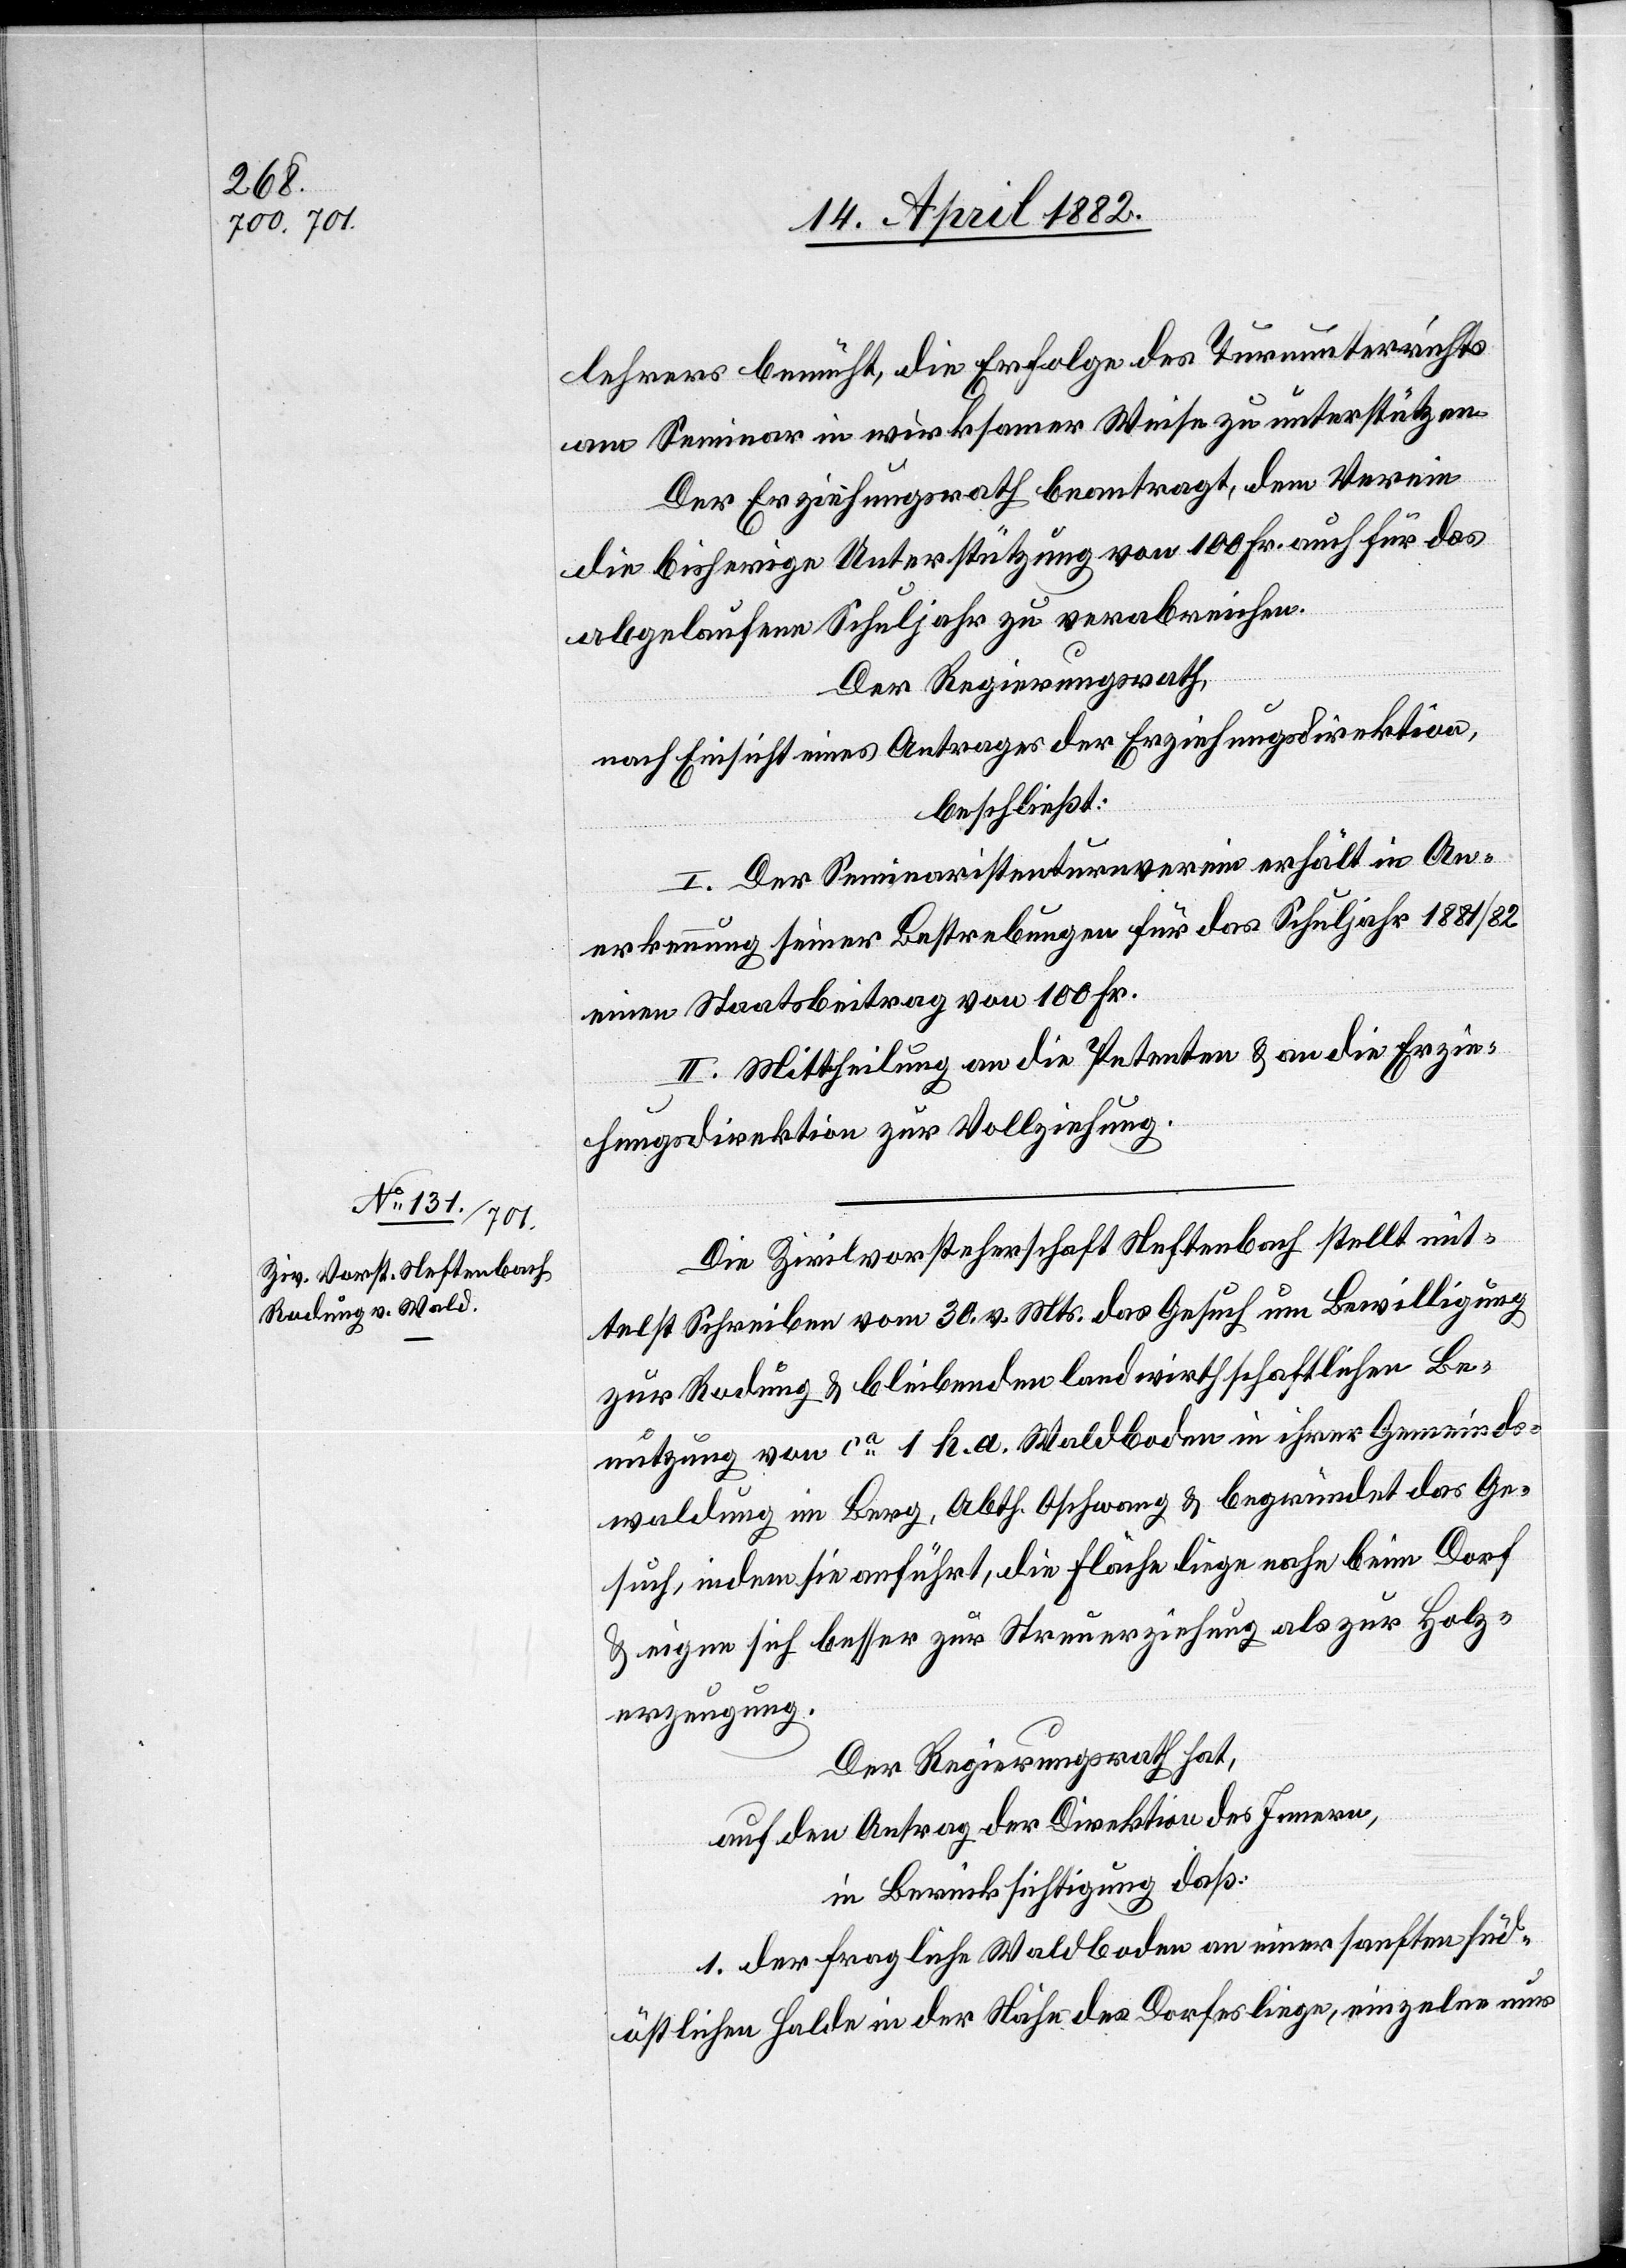
lehrers bemüht, die Erfolge des Turnunterrichts
am Seminar in wirksamer Weise zu unterstützen.
Der Erziehungsrath beantragt, dem Verein
die bisherige Unterstützung von 100 Fr. auch für das
abgelaufene Schuljahr zu verabreichen.
Der Regierungsrath,
nach Einsicht eines Antrages der Erziehungsdirektion,
beschließt:
I. Der Seminaristenturnverein erhält in An¬
erkennung seiner Bestrebungen für das Schuljahr 1881/82
einen Staatsbeitrag von 100 Fr.
II. Mittheilung an die Petenten & an die Erzie¬
hungsdirektion zur Vollziehung.
Die Zivilvorsteherschaft Neftenbach stellt mit¬
telst Schreiben vom 30. v. Mts. das Gesuch um Bewilligung
zur Rodung & bleibenden landwirthschaftlichen Be¬
nutzung von ca 1 h. a. Waldboden in ihrer Gemeinds¬
waldung im Berg, Abth. Oschwang & begründet das Ge¬
such, indem sie anführt, die Fläche liege nahe beim Dorf
& eigne sich besser zur Streuerziehung als zur Holz¬
erzeugung.
Der Regierungsrath hat,
auf den Antrag der Direktion des Innern,
in Berücksichtigung daß:
1. der fragliche Waldboden an einer sanften süd¬
östlichen Halde in der Nähe des Dorfes liege, einzelne nur